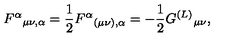
F ^ { \alpha } { } _ { \mu \nu , \alpha } = \frac { 1 } { 2 } F ^ { \alpha } { } _ { ( \mu \nu ) , \alpha } = - \frac { 1 } { 2 } G ^ { ( L ) } { } _ { \mu \nu } ,